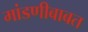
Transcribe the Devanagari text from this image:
मांडणीबाबत